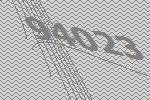
94023